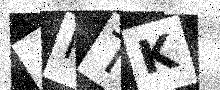
Text: 4PTK